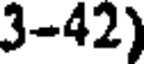
3-42)